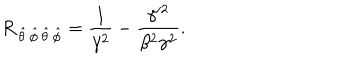
R _ { \, \hat { \theta } \, \hat { \phi } \, \hat { \theta } \, \hat { \phi } } = { \frac { 1 } { \gamma ^ { 2 } } } - \frac { \gamma ^ { 2 } } { \beta ^ { 2 } \gamma ^ { 2 } } .